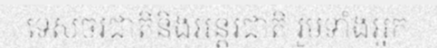
ទេសចរជាតិនិងអន្តរជាតិ រួមទាំងអ្នក